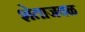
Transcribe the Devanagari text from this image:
शेताजवळ